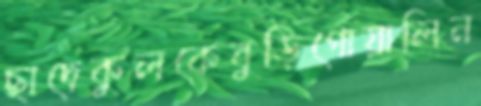
ছাদেকুলকেবুড়িগোয়ালিন